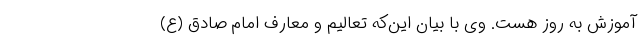
آموزش به روز هست. وی با بیان این‌که تعالیم و معارف امام صادق (ع)